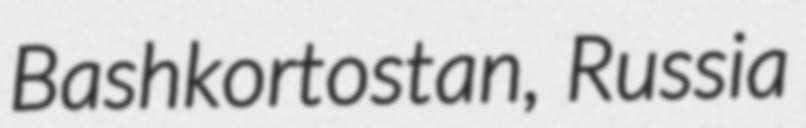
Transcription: Bashkortostan, Russia